Vaccination in Bombay 1902-1912 - 1902-1912
Year: 1902
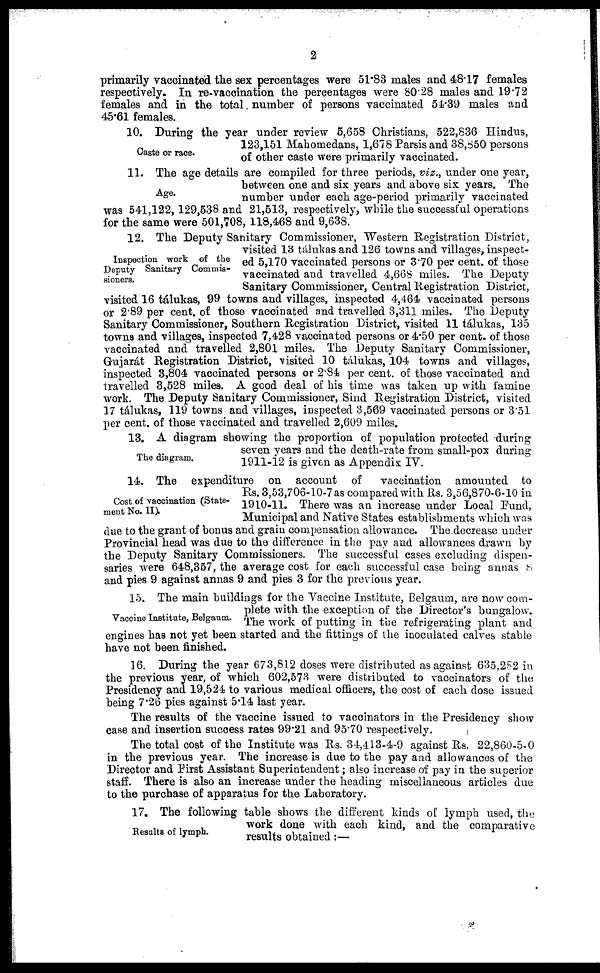
2
primarily vaccinated the sex percentages were 51.83 males and 48.17 females
respectively. In re-vaccination the percentages were 80.28 males and 19.72
females and in the total number of persons vaccinated 54.39 males and
45.61 females.
Caste or race.
10. During the year under review 5,658 Christians, 522,836 Hindus,
123,151 Mahomedans, 1,678 Parsis and 38,850 persons
of other caste were primarily vaccinated.
Age.
11. The age details are compiled for three periods, viz., under one year,
between one and six years and above six years. The
number under each age-period primarily vaccinated
was 541,122, 129,538 and 21,513, respectively, while the successful operations
for the same were 501,708, 118,468 and 9,638.
Inspection work of the
Deputy Sanitary Commis-
sioners.
12. The Deputy Sanitary Commissioner, Western Registration District,
visited 13 tálukas and 126 towns and villages, inspect-
ed 5,170 vaccinated persons or 3.70 per cent. of those
vaccinated and travelled 4,668 miles. The Deputy
Sanitary Commissioner, Central Registration District,
visited 16 tálukas, 99 towns and villages, inspected 4,464 vaccinated persons
or 2'89 per cent. of those vaccinated and travelled 3,311 miles. The Deputy
Sanitary Commissioner, Southern Registration District, visited 11 tálukas, 135
towns and villages, inspected 7,428 vaccinated persons or 4.50 per cent. of those
vaccinated and travelled 2,801 miles. The Deputy Sanitary Commissioner,
Gujarát Registration District, visited 10 tálukas, 104 towns and villages,
inspected 3,804 vaccinated persons or 2.84 per cent. of those vaccinated and
travelled 3,528 miles. A good deal of his time was taken up with famine
work. The Deputy Sanitary Commissioner, Sind Registration District, visited
17 tálukas, 119 towns and villages, inspected 3,569 vaccinated persons or 3.51
per cent. of those vaccinated and travelled 2,609 miles.
The diagram.
13. A diagram showing the proportion of population protected during
seven years and the death-rate from small-pox during
1911-12 is given as Appendix IV.
Cost of vaccination (State-
ment No. II).
14. The expenditure on account of
vaccination amounted to
Rs. 3,53,706-10-7 as compared with Rs. 3,56,870-6-10 in
1910-11. There was an increase under Local Fund,
Municipal and Native States establishments which was
due to the grant of bonus and grain compensation allowance. The decrease under
Provincial head was due to the difference in the pay and allowances drawn by
the Deputy Sanitary Commissioners. The successful cases excluding dispen-
saries were 648,357, the average cost for each successful case being annas 8
and pies 9 against annas 9 and pies 3 for the previous year.
Vaccine Institute, Belgaum.
15. The main buildings for the Vaccine Institute, Belgaum, are now com-
plete with the exception of the Director's bungalow.
The work of putting in the refrigerating plant and
engines has not yet been started and the fittings of the inoculated calves stable
have not been finished.
16. During the year 673,812 doses were distributed as against 635,282 in
the previous year, of which 602,573 were distributed to vaccinators of the
Presidency and 19,524 to various medical officers, the cost of each dose issued
being 7.26 pies against 5.14 last year.
The results of the vaccine issued to vaccinators in the Presidency show
case and insertion success rates 99.21 and 95.70 respectively.
The total cost of the Institute was Rs. 34,413-4-9 against Rs. 22,860-5-0
in the previous year. The increase is due to the pay and allowances of the
Director and First Assistant Superintendent; also increase of pay in the superior
staff. There is also an increase under the heading miscellaneous articles due
to the purchase of apparatus for the Laboratory.
Results of lymph.
17. The following table shows the different kinds of lymph used, the
work done with each kind, and the comparative
results obtained:—